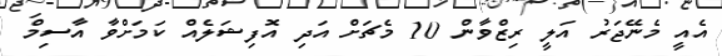
އެއީ މެނޭޖަރު އަލީ ރިޒްވާން 10 މެޗަށް އަދި އޮފިޝަލެއް ކަމަށްވާ އާސިމް